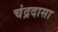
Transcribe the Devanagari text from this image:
चंद्रदासा